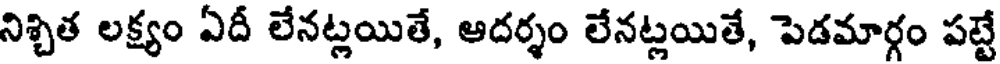
నిశ్చిత లక్ష్యం ఏదీ లేనట్లయితే, ఆదర్శం లేనట్లయితే, పెడమార్గం పట్టే